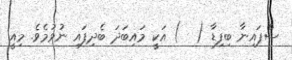
ސްޕައިނާ ބިފިޑާ (  ) އަކީ މައިބަދަ ބެދިފައި ނުވުމެވެ. މިއީ